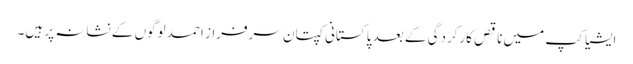
ایشیا کپ میں ناقص کارکردگی کے بعد پاکستانی کپتان سرفراز احمد لوگوں کے نشانہ پر ہیں۔